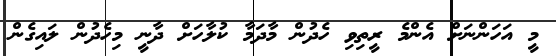
މީ އަހަންނަށް އެންމެ ރީތިވި ހެދުން މާދަމާ ކުލާހަށް ދާނީ މިހެދުން ލައިގެން